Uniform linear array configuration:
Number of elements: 32
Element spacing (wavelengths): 0.75
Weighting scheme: blackman
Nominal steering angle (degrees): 30
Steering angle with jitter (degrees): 30.851
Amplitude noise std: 0.05
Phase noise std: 0.05

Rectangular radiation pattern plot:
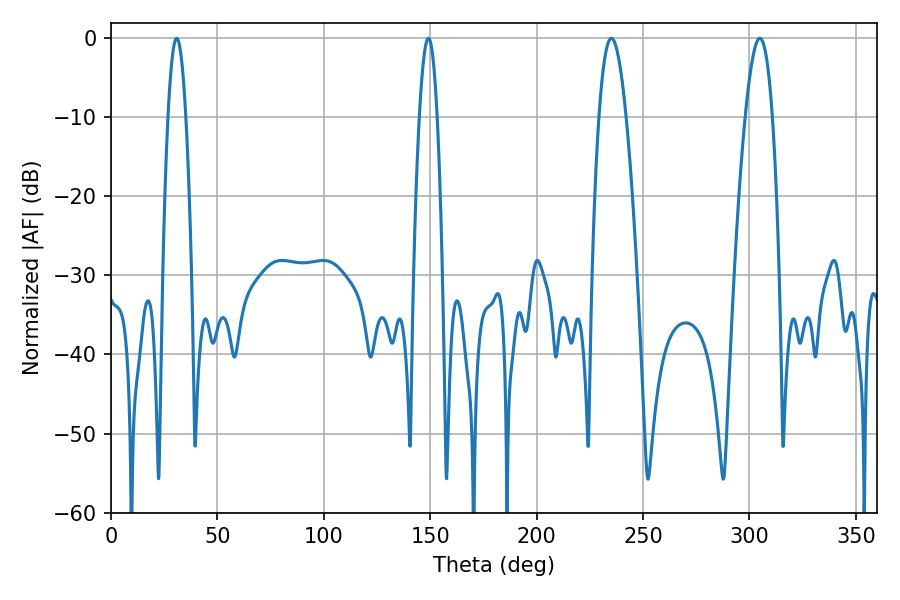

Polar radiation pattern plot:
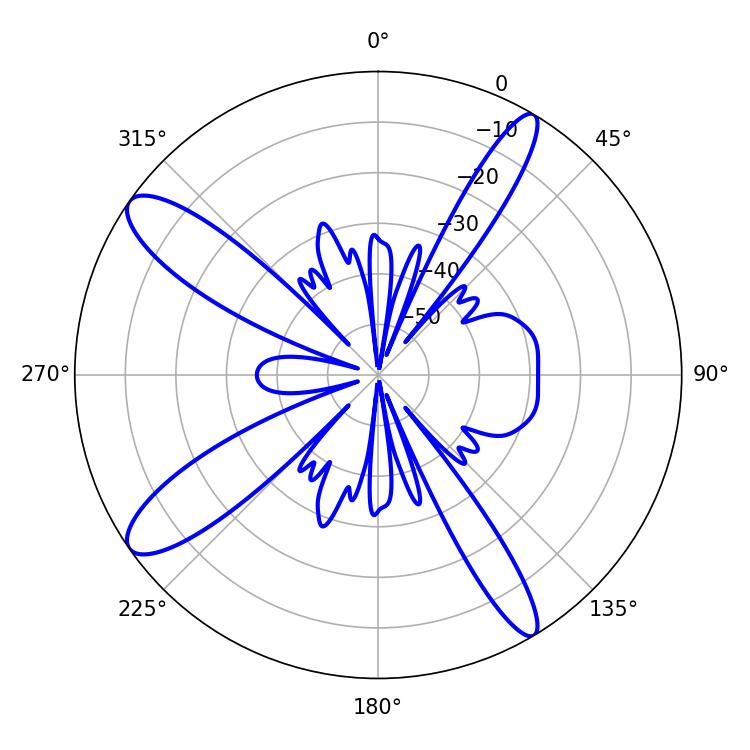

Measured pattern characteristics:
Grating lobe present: TRUE
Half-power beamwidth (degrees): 6.84
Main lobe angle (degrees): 235.08